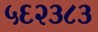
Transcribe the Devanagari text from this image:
५६२३८३